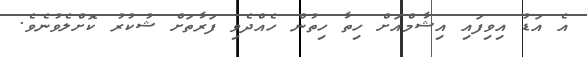
އެ އަޑު އިވިފައި އިޝާމްއަށް ހިތާ ހިތުން ހެއްދެވި ފަރާތަށް ޝުކުރު ކޮށްލެވުނެވެ.